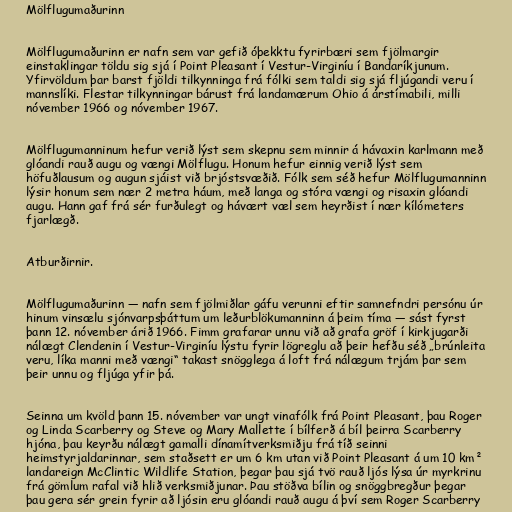
Mölflugumaðurinn

Mölflugumaðurinn er nafn sem var gefið óþekktu fyrirbæri sem fjölmargir
einstaklingar töldu sig sjá í Point Pleasant í Vestur-Virginíu í Bandaríkjunum.
Yfirvöldum þar barst fjöldi tilkynninga frá fólki sem taldi sig sjá fljúgandi veru í
mannslíki. Flestar tilkynningar bárust frá landamærum Ohio á árstímabili, milli
nóvember 1966 og nóvember 1967.

Mölflugumanninum hefur verið lýst sem skepnu sem minnir á hávaxin karlmann með
glóandi rauð augu og vængi Mölflugu. Honum hefur einnig verið lýst sem
höfuðlausum og augun sjáist við brjóstsvæðið. Fólk sem séð hefur Mölflugumanninn
lýsir honum sem nær 2 metra háum, með langa og stóra vængi og risaxin glóandi
augu. Hann gaf frá sér furðulegt og hávært væl sem heyrðist í nær kílómeters
fjarlægð.

Atburðirnir.

Mölflugumaðurinn — nafn sem fjölmiðlar gáfu verunni eftir samnefndri persónu úr
hinum vinsælu sjónvarpsþáttum um leðurblökumanninn á þeim tíma — sást fyrst
þann 12. nóvember árið 1966. Fimm grafarar unnu við að grafa gröf í kirkjugarði
nálægt Clendenin í Vestur-Virginíu lýstu fyrir lögreglu að þeir hefðu séð „brúnleita
veru, líka manni með vængi“ takast snögglega á loft frá nálægum trjám þar sem
þeir unnu og fljúga yfir þá.

Seinna um kvöld þann 15. nóvember var ungt vinafólk frá Point Pleasant, þau Roger
og Linda Scarberry og Steve og Mary Mallette í bílferð á bíl þeirra Scarberry
hjóna, þau keyrðu nálægt gamalli dínamítverksmiðju frá tíð seinni
heimstyrjaldarinnar, sem staðsett er um 6 km utan við Point Pleasant á um 10 km²
landareign McClintic Wildlife Station, þegar þau sjá tvö rauð ljós lýsa úr myrkrinu
frá gömlum rafal við hlið verksmiðjunar. Þau stöðva bílin og snöggbregður þegar
þau gera sér grein fyrir að ljósin eru glóandi rauð augu á því sem Roger Scarberry